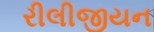
રીલીજીયન